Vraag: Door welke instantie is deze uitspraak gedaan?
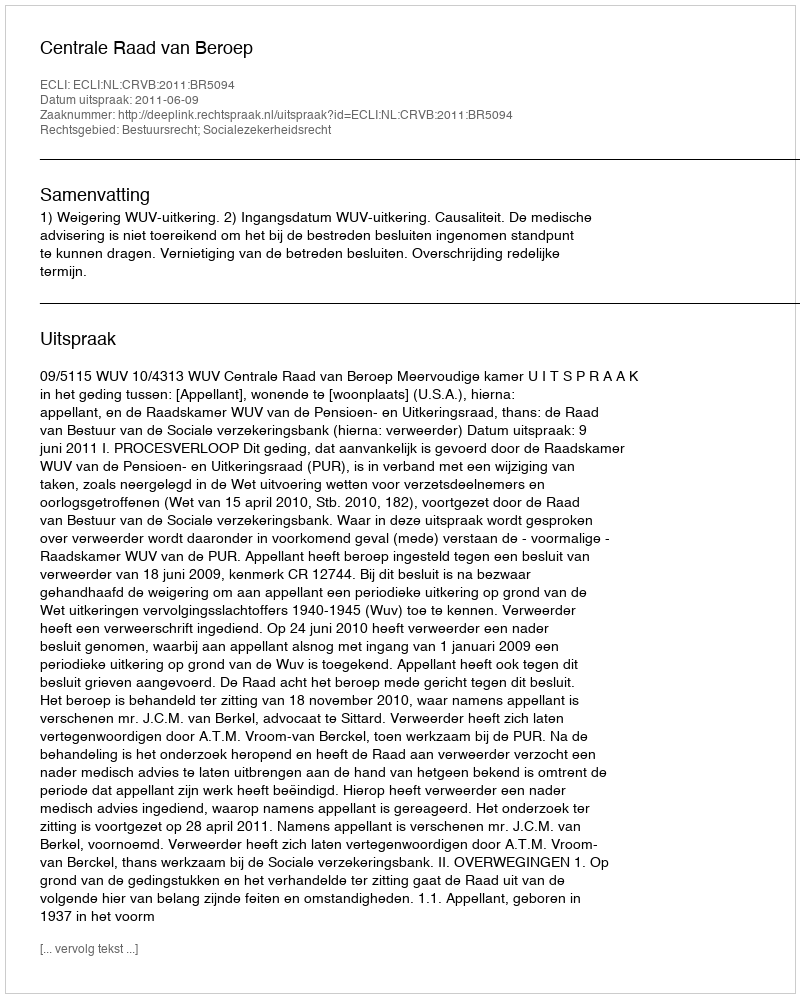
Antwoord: Centrale Raad van Beroep